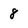
Character: 8